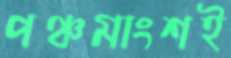
পঞ্চমাংশই